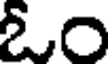
ఓం